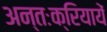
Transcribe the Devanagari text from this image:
अन्तःक्रियायें